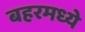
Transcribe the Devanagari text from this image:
बहरमध्ये